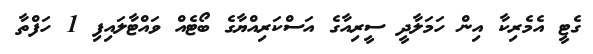
ގެޓީ އެމެރިކާ އިން ހަމަލާދީ ސީރިއާގެ އަސްކަރިއްޔާގެ ބޯޓެއް ވައްޓާލައިފި 1 ހަފްތާ